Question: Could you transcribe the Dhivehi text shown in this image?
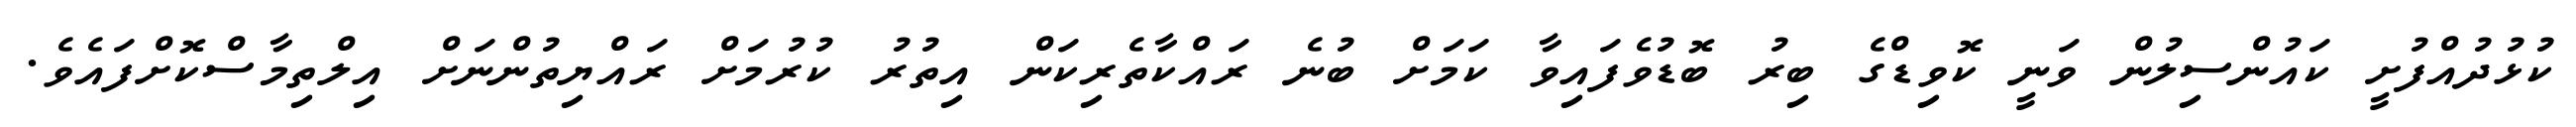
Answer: ކުޅުދުއްފުށީ ކައުންސިލުން ވަނީ ކޮވިޑްގެ ބިރު ބޮޑުވެފައިވާ ކަމަށް ބުނެ ރައްކާތެރިކަން އިތުރު ކުރުމަށް ރައްޔިތުންނަށް އިލްތިމާސްކޮށްފައެވެ.